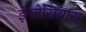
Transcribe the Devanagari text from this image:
इंग्लेसियास